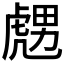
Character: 𧇙